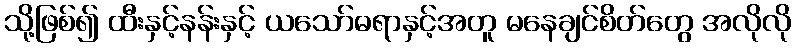
သို့ဖြစ်၍ ထီးနှင့်နန်းနှင့် ယသော်ဓရာနှင့်အတူ မနေချင်စိတ်တွေ အလိုလို